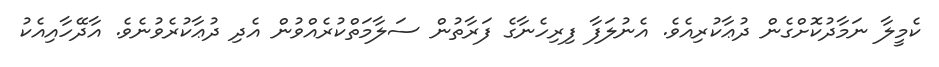
ކެމީލާ ނަމާދުކޮށްގެން ދުޢާކުރިއެވެ. އެނުލަފާ ފިރިހެނާގެ ފަރާތުން ސަލާމަތްކުރެއްވުން އެދި ދުޢާކުރެވުނެވެ. އާދޭހާއިއެކު